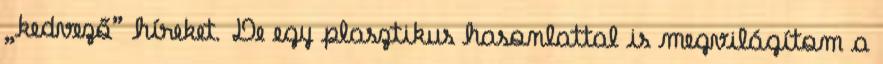
„kedvező” híreket. De egy plasztikus hasonlattal is megvilágítom a